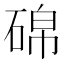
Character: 䃇